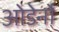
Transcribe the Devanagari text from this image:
ओडेर्नो